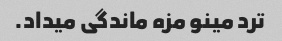
ترد مینو مزه ماندگی میداد.